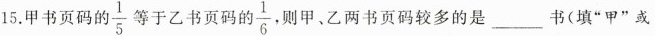
15. 甲书页码的 \frac{1}{5} 等于乙书页码的 \frac{1}{6} 则甲、乙两书页码较多的是___书(填“甲”或